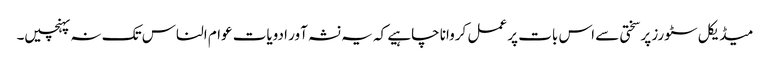
میڈیکل سٹورز پر سختی سے اس بات پر عمل کروانا چاہیے کہ یہ نشہ آور ادویات عوام الناس تک نہ پہنچیں۔